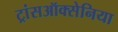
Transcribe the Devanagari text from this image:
ट्रांसऑक्सेनिया